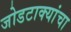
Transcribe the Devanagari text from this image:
जोडटाक्यांचा